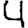
Digit: 4